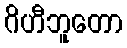
ဂိဟီဘူတော